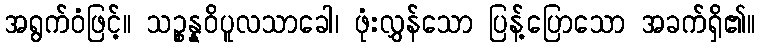
အရွက်ဝံဖြင့်။ သဉ္စန္နဝိပူလသာခေါ၊ ဖုံးလွှန်သော ပြန့်ပြောသော အခက်ရှိ၏။